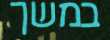
במשך